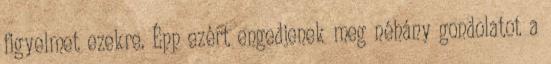
figyelmet ezekre. Épp ezért engedjenek meg néhány gondolatot a